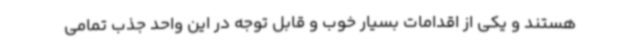
هستند و یکی از اقدامات بسیار خوب و قابل توجه در این واحد جذب تمامی